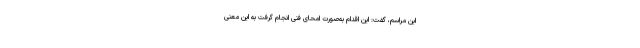
این مراسم، گفت: این اقدام به‌صورت امحای فنی انجام گرفت به این معنی